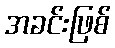
အခင်းဖြစ်